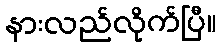
နားလည်လိုက်ပြီ။